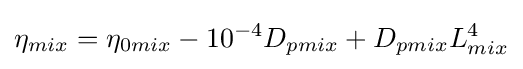
\eta _{mix}=\eta _{0mix}-10^{-4}D_{pmix}+D_{pmix}L_{mix}^{4}